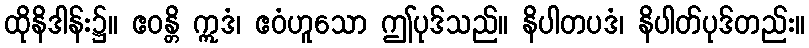
ထိုနိဒါန်း၌။ ဧဝန္တိ ဣဒံ၊ ဧဝံဟူသော ဤပုဒ်သည်။ နိပါတပဒံ၊ နိပါတ်ပုဒ်တည်း။